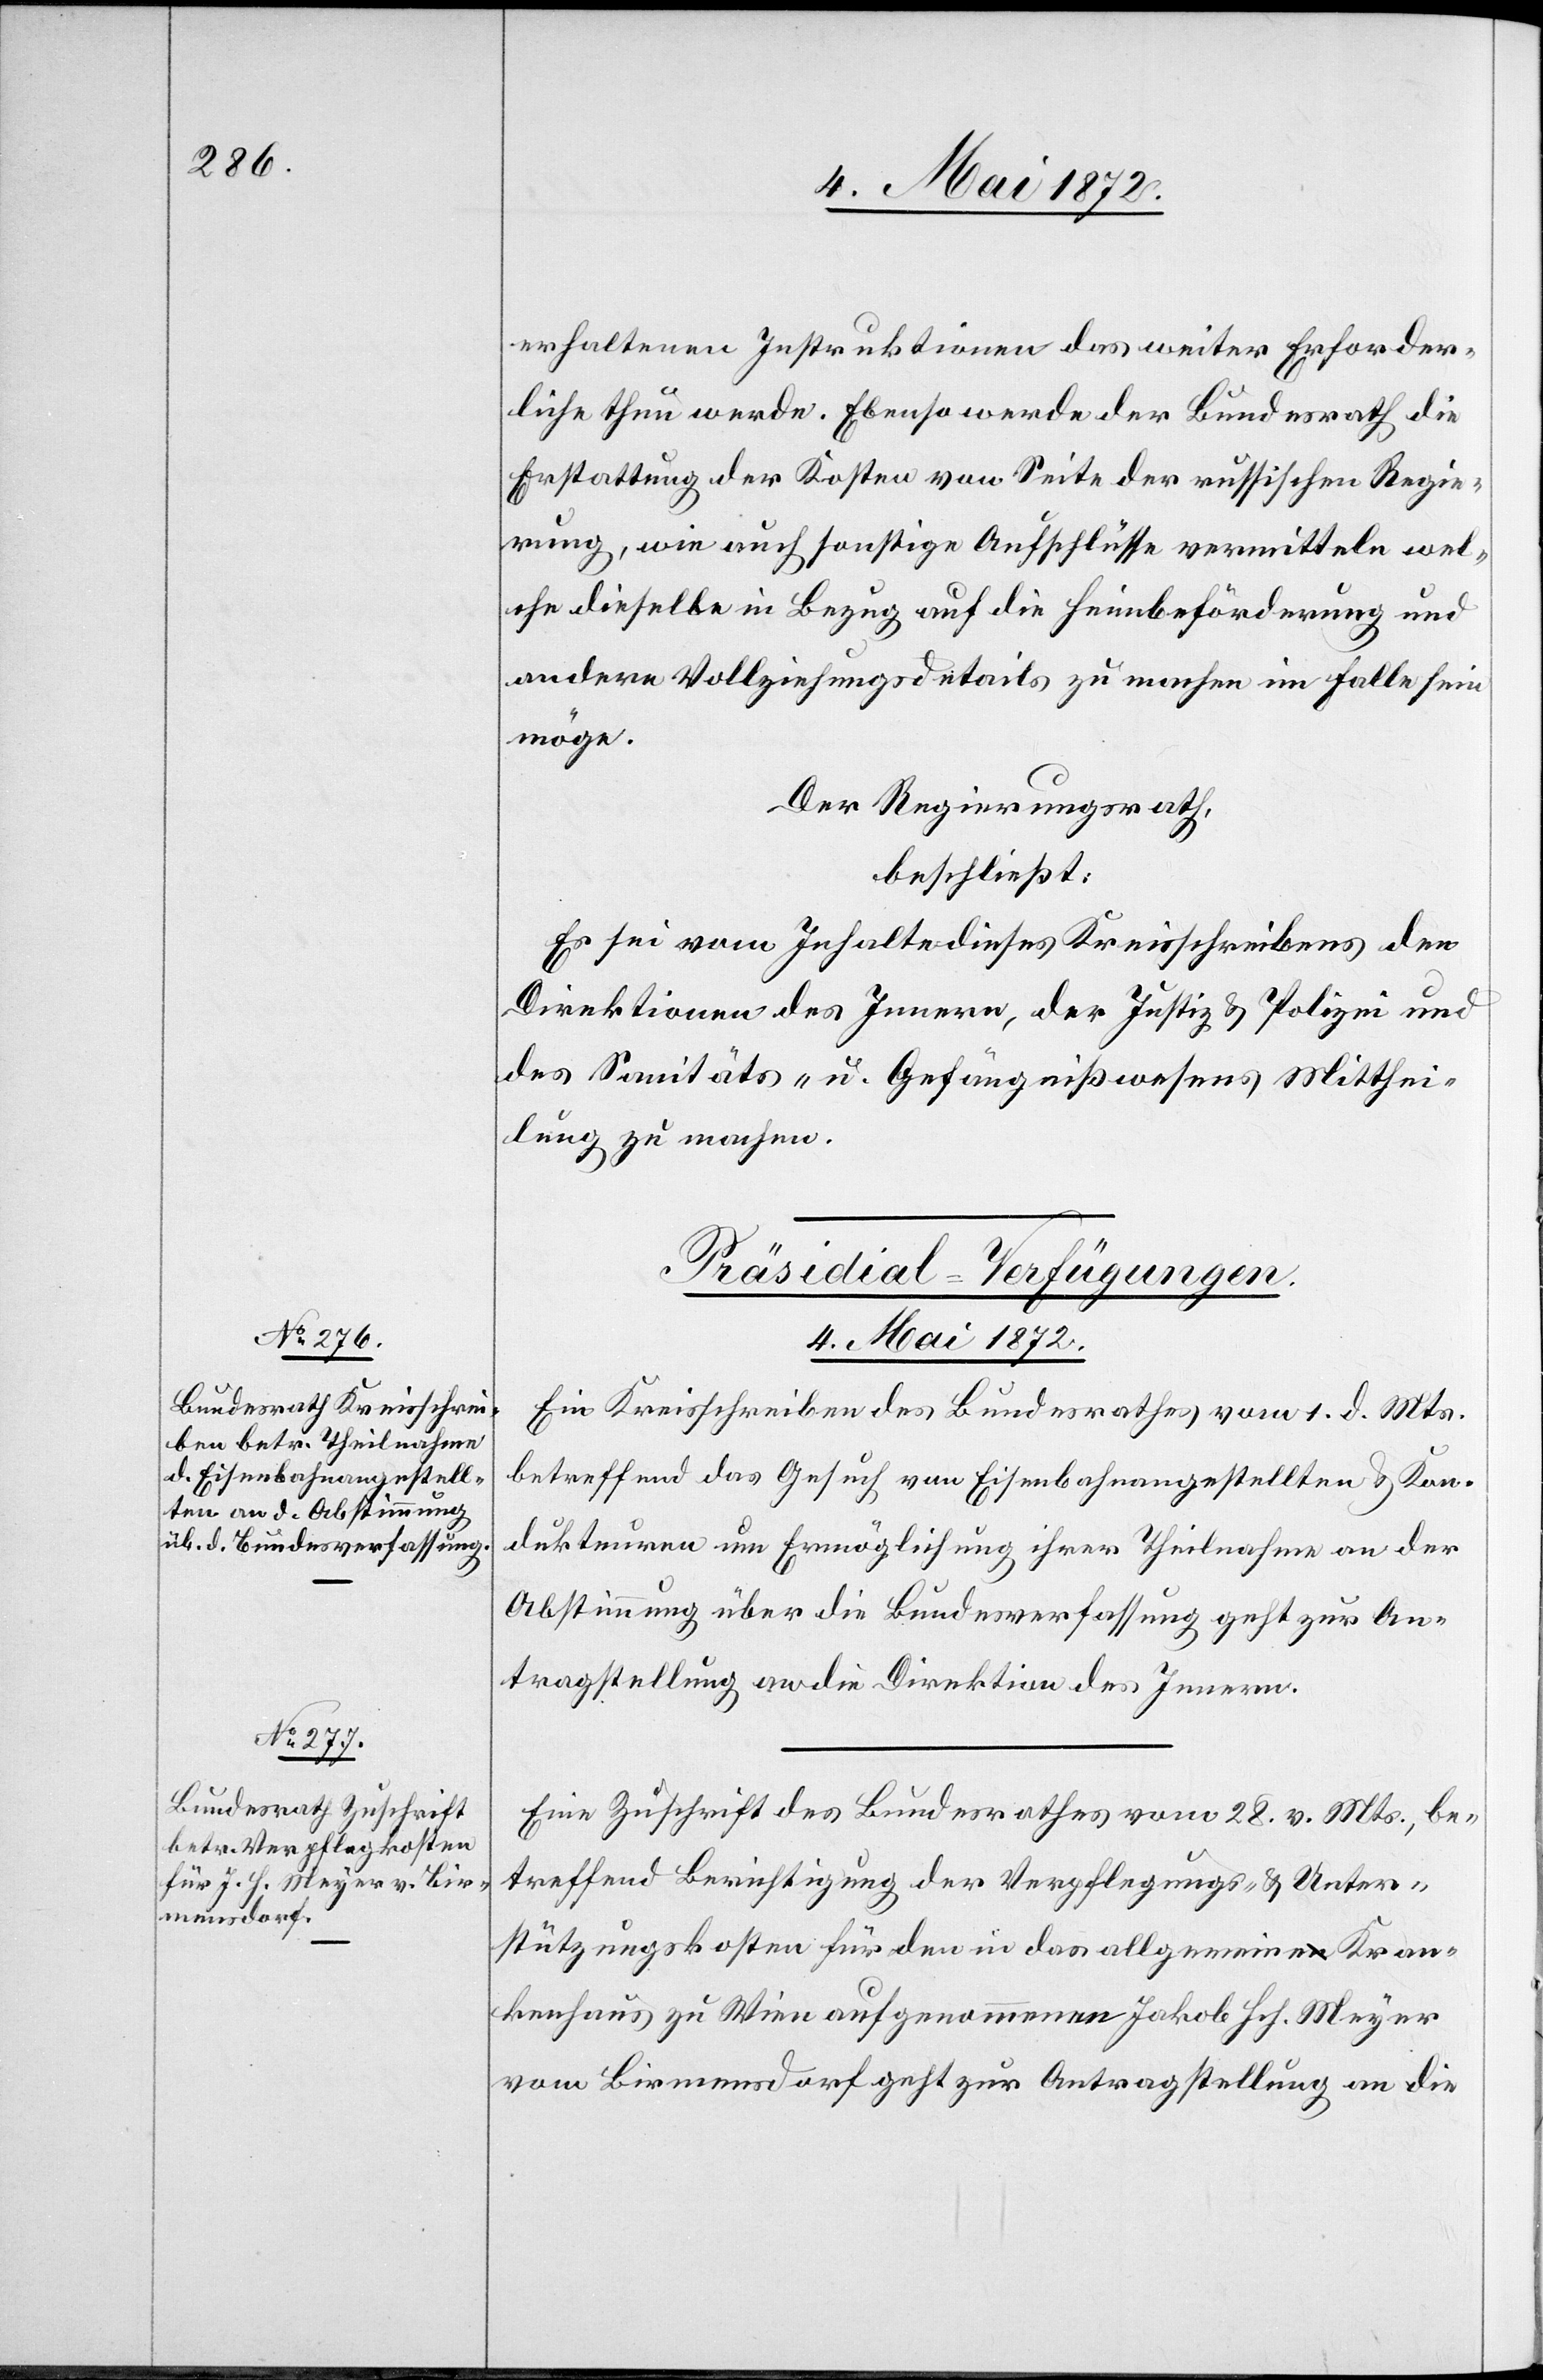
erhaltenen Instruktionen das weiter Erforder¬
liche thun werde. Ebenso werde der Bundesrath die
Erstattung der Kosten von Seite der russischen Regie¬
rung, wie auch sonstige Anschlüsse vermitteln wel¬
che dieselbe in Bezug auf die Heimbeförderung und
andern Vollziehungsdetails zu machen im Falle sein
möge.
Der Regierungsrath,
beschließt:
Es sei vom Inhalte dieses Kreisschreibens den
Direktionen des Innern, der Justiz u. Polizei und
des Sanitäts- u. Gefängnißwesens Mitthei¬
lung zu machen.
[Präsidial-Verfügungen.
4. Mai 1872.]
Ein Kreisschreiben des Bundesrathes vom 1. d. Mts.
betreffend das Gesuch von Eisenbahnangestellten u. Kon¬
dukteuren um Ermöglichung ihrer Theilnahme an der
Abstimmung über die Bundesverfassung geht zur An¬
tragstellung an die Direktion des Innern.
Eine Zuschrift des Bundesrathes vom 28. v. Mts., be¬
treffend Berichtigung der Verpflegungs- u. Unter¬
stützungskosten für den in das allgemeine Kran¬
kenhaus zu Wien aufgenommenen Jakob Hch. Meyer
vom Birmensdorf geht zur Antragstellung an die